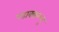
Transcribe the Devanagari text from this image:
पडाक्कल्लु